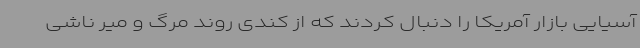
آسیایی بازار آمریکا را دنبال کردند که از کندی روند مرگ و میر ناشی